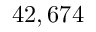
4 2 , 6 7 4 \